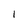
Character: 1